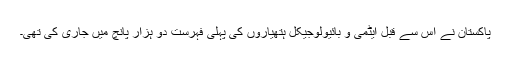
پاکستان نے اس سے قبل ایٹمی و بائیولوجیکل ہتھیاروں کی پہلی فہرست دو ہزار پانچ میں جاری کی تھی۔